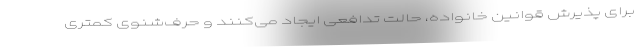
برای پذیرش قوانین خانواده، حالت تدافعی ایجاد می‌کنند و حرف‌شنوی کمتری